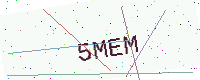
Text: 5MEM